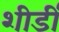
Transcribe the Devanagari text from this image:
शीर्डी